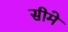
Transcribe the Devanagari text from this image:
सीमे